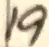
Text: 19